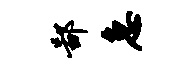
鄙急